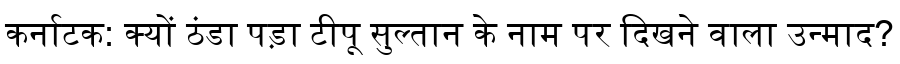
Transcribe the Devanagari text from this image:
कर्नाटक: क्यों ठंडा पड़ा टीपू सुल्तान के नाम पर दिखने वाला उन्माद?